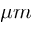
\mu m